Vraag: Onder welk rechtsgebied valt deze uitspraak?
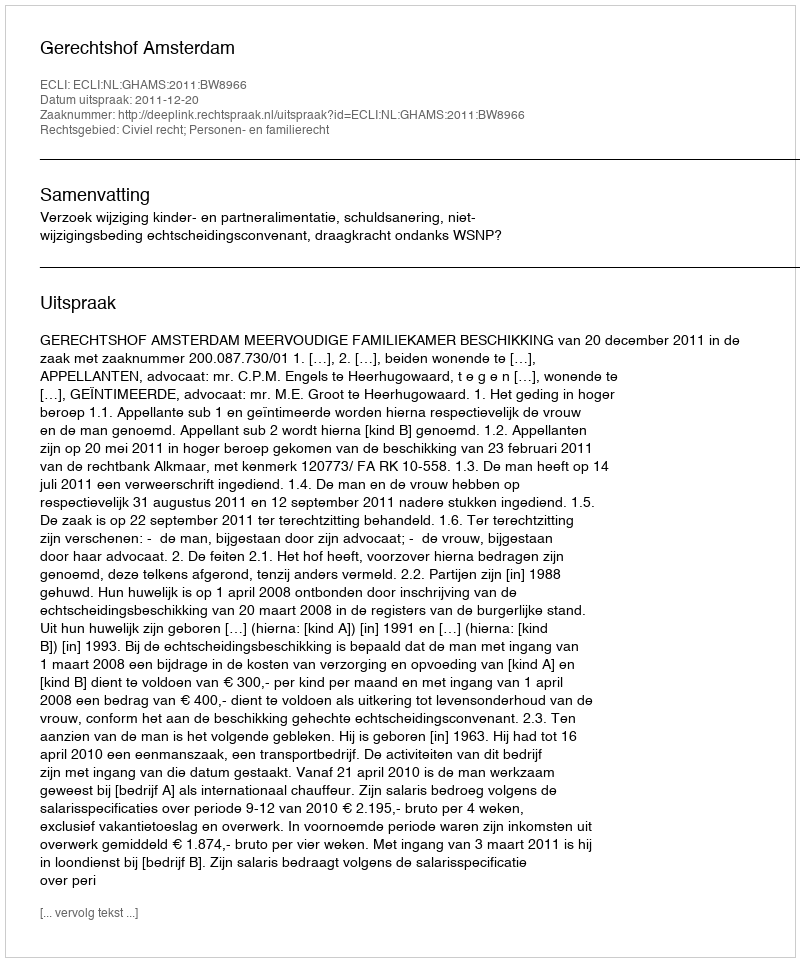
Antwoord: Civiel recht; Personen- en familierecht